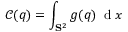
\mathcal { C } ( q ) = \int _ { \mathbf { S } ^ { 2 } } g ( q ) \, \mathrm { ~ d ~ } x